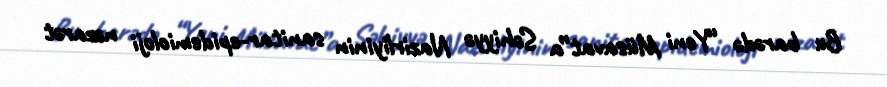
Bu barədə “Yeni Müsavat”a Səhiyyə Nazirliyinin sanitar-epidemioloji nəzarət